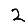
Digit: 2